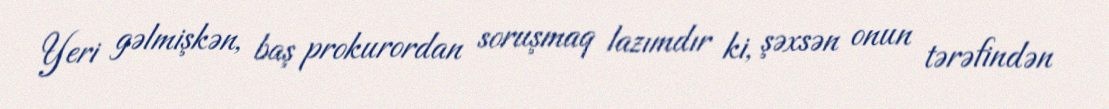
Yeri gəlmişkən, baş prokurordan soruşmaq lazımdır ki, şəxsən onun tərəfindən